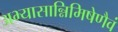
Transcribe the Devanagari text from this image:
अभ्यासान्निमिषेणैवं